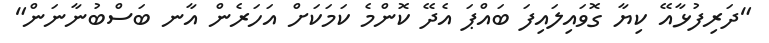
"ދަރިފުޅާއޭ ކިޔާ ގޮވައިލައިފަ ބައްޕަ އެދޭ ކޮންމެ ކަމަކަށް އަހަރެން އާނ ބަސްބުނާނަން"